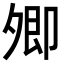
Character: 𡖖